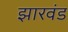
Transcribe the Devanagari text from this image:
झारवंड